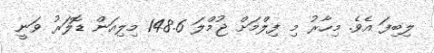
ލިބިފަ އެވެ. މިހާރު މި ފިލްމަށް ޖުމްލަ 148.6 މިލިއަން ޑޮލަރު ވަނީ